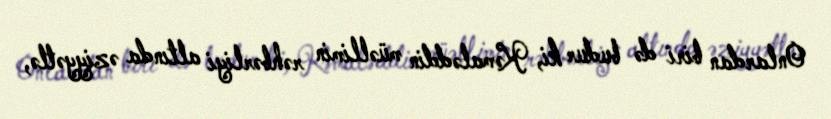
Onlardan biri də budur ki, Kəmaləddin müəllimin rəhbərliyi altında əziyyətlə,